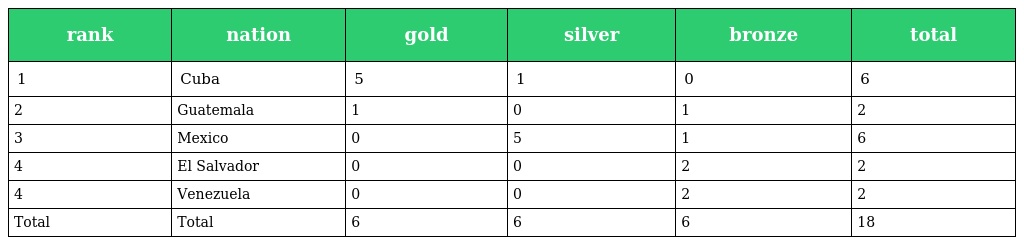
| rank | nation | gold | silver | bronze | total |
 | --- | --- | --- | --- | --- | --- |
 | 1 | Cuba | 5 | 1 | 0 | 6 |
 | 2 | Guatemala | 1 | 0 | 1 | 2 |
 | 3 | Mexico | 0 | 5 | 1 | 6 |
 | 4 | El Salvador | 0 | 0 | 2 | 2 |
 | 4 | Venezuela | 0 | 0 | 2 | 2 |
 | Total | Total | 6 | 6 | 6 | 18 |